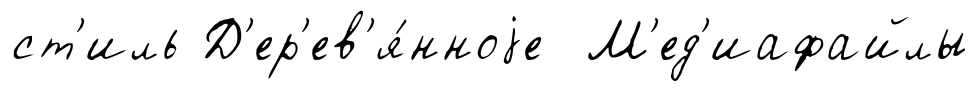
ст'иль Д'ер'ев'я́нноjе М'ед'иафайлы